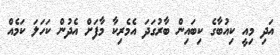
އަދި މިއީ ކިއުބާގެ ކިބައިން ބާރުގަދަ އެމެރިކާ މާފަށް އެދުން ކަހަލަ ކަމެއް